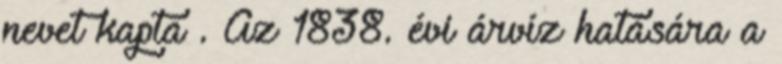
nevet kapta . Az 1838. évi árvíz hatására a